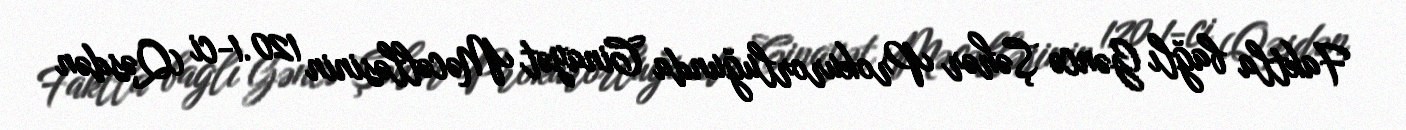
Faktla bağlı Gəncə Şəhər Prokurorluğunda Cinayət Məcəlləsinin 120.1-ci (Qəsdən